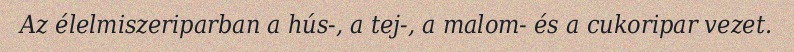
Az élelmiszeriparban a hús-, a tej-, a malom- és a cukoripar vezet.